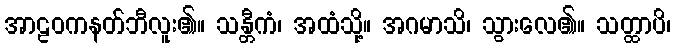
အာဠဝကနတ်ဘီလူး၏။ သန္တီကံ၊ အထံသို့။ အဂမာသိ၊ သွားလေ၏။ သတ္ထာပိ၊